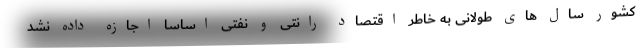
کشور سال های طولانی به خاطر اقتصاد رانتی و نفتی اساسا اجازه داده نشد